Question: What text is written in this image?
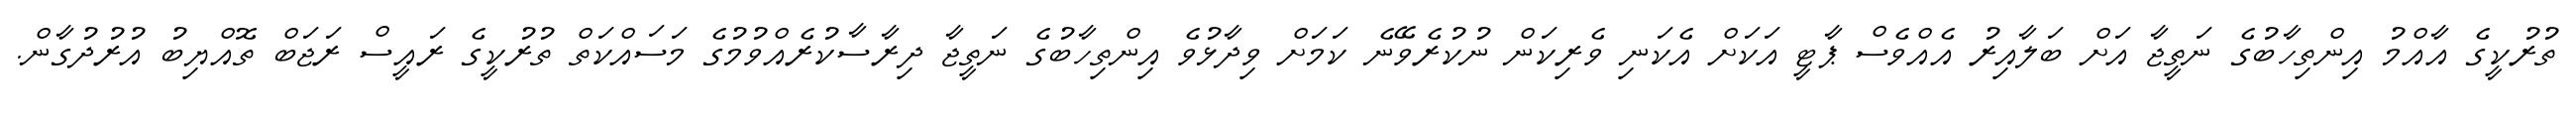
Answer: ތުރުކީގެ އާއްމު އިންތިހާބުގެ ނަތީޖާ އަށް ބަލާއިރު އެއްވެސް ޕާޓީ އަކަށް އެކަނި ވެރިކަން ނުކުރެވޭނެ ކަމަށް ވިދާޅުވެ އިންތިހާބުގެ ނަތީޖާ ދިރާސާކުރެއްވުމުގެ މަސައްކަތް ތުރުކީގެ ރައީސް ރަޖަބް ތޮއްޔިބު އުރުދުގާން.